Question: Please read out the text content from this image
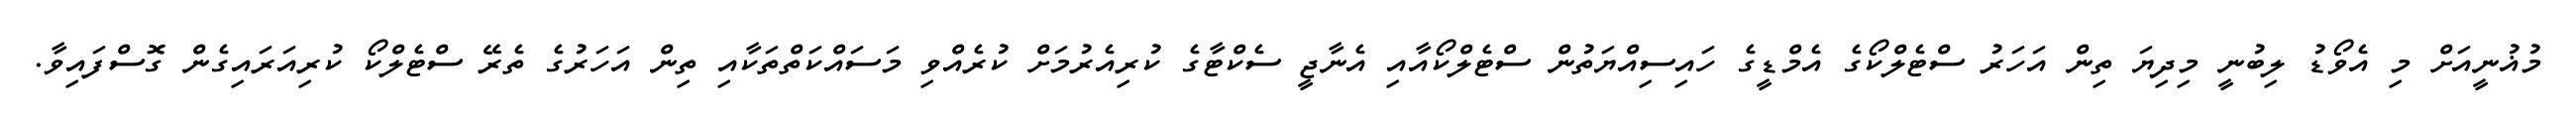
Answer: މުޣުނީއަށް މި އެވޯޑު ލިބުނީ މިދިޔަ ތިން އަހަރު ސްޓެލްކޯގެ އެމްޑީގެ ހައިސިއްޔަތުން ސްޓެލްކޯއާއި އެނާޖީ ސެކްޓާގެ ކުރިއެރުމަށް ކުރެއްވި މަސައްކަތްތަކާއި ތިން އަހަރުގެ ތެރޭ ސްޓެލްކޯ ކުރިއަރައިގެން ގޮސްފައިވާ.